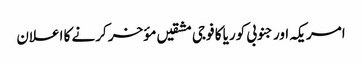
امریکہ اور جنوبی کوریا کا فوجی مشقیں مؤخر کرنے کا اعلان